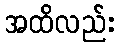
အထိလည်း